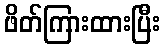
ဖိတ်ကြားထားပြီး